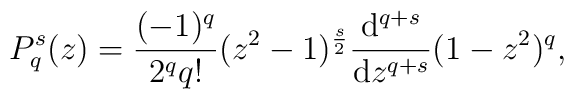
P_q^s(z)=\frac {(-1)^q}{2^qq!}(z^2-1)^{\frac s2}\frac {{\rm d}^{q+s}}{{\rm d}z^{q+s}}(1-z^2)^q,